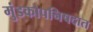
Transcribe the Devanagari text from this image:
मुंडकोपनिषदात